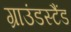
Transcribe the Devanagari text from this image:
ग्राउंडस्टैंड